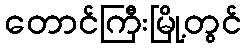
တောင်ကြီးမြို့တွင်